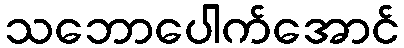
သဘောပေါက်အောင်